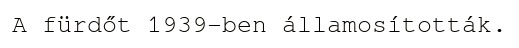
A fürdőt 1939-ben államosították.